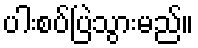
ပါးစပ်ပြဲသွားမည်။